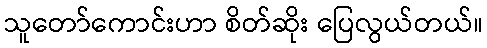
သူတော်ကောင်းဟာ စိတ်ဆိုး ပြေလွယ်တယ်။